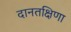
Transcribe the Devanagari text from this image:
दानतक्षिणा